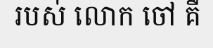
របស់ លោក ចៅ គឺ